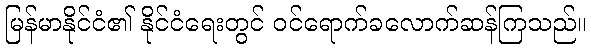
မြန်မာနိုင်ငံ၏ နိုင်ငံရေးတွင် ဝင်ရောက်ခလောက်ဆန်ကြသည်။